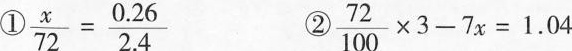
① $$\frac { x } { 7 2 } = \frac { 0 . 2 6 } { 2 . 4 }$$ ② $$\frac { 7 2 } { 1 0 0 } \times 3 - 7 x = 1 . 0 4$$